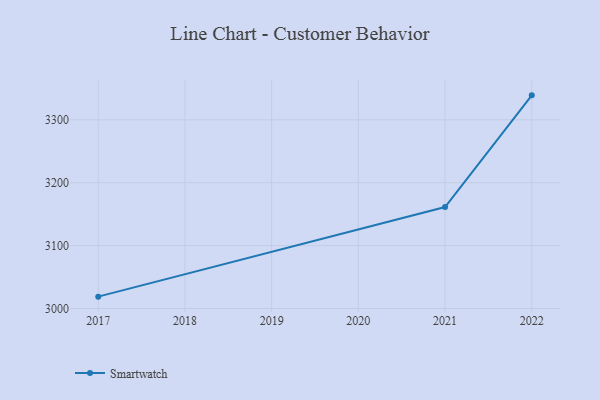
{"axis": {"x": "Year", "y": "Churn Rate (%)"}, "legend": ["Smartwatch"], "data": [{"x": "2017", "y": 3018.9, "type": "Smartwatch"}, {"x": "2021", "y": 3161.3, "type": "Smartwatch"}, {"x": "2022", "y": 3338.9, "type": "Smartwatch"}]}